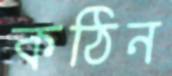
কঠিন